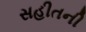
સહીતની